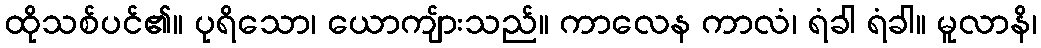
ထိုသစ်ပင်၏။ ပုရိသော၊ ယောကျ်ားသည်။ ကာလေန ကာလံ၊ ရံခါ ရံခါ။ မူလာနိ၊